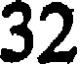
32